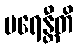
ပရေန္တီတိ